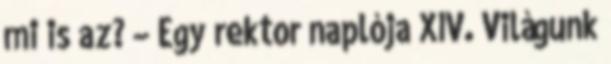
mi is az? – Egy rektor naplója XIV. Világunk